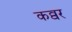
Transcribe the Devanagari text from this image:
कव्वर